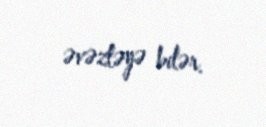
əvəzləyə bilər.